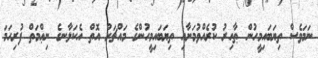
ނަމަވެސް ތިޔަބައިމީހުން ޠާހިރު ކުރެއްވުމަށާއި ތިޔަބައިމީހުންގެ މައްޗަށް އޮތް އެކަލާނގެ ނިޢްމަތް ފުރިހަމަ